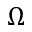
\Omega